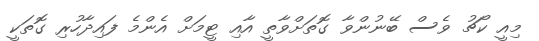
މިއީ ކޯޗު ވެސް ބޭނުންވާ ގޮތަށްވާތީ އާއި ޓީމަށް އެންމެ ފައިދާހުރި ގޮތަކީ